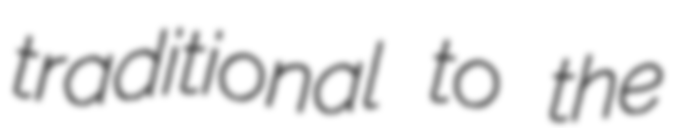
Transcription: traditional to the